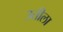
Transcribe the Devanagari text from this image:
उतीला